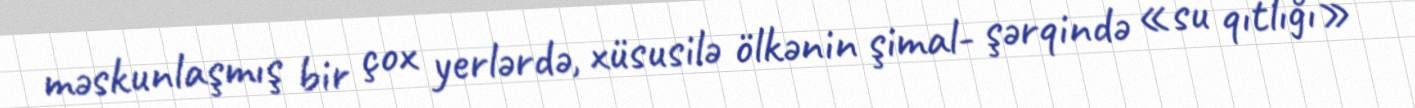
məskunlaşmış bir çox yerlərdə, xüsusilə ölkənin şimal- şərqində «su qıtlığı»